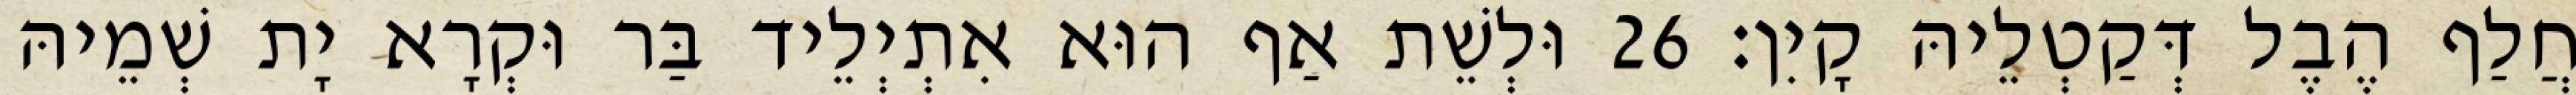
חֲלַף הֶבֶל דְּקַטְלֵיהּ קָיִן׃ 26 וּלְשֵׁת אַף הוּא אִתְיְלֵיד בַּר וּקְרָא יָת שְׁמֵיהּ